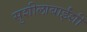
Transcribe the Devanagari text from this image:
सुशीलाबाईंशी